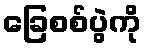
ခြေစစ်ပွဲကို